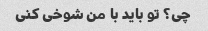
چی؟ تو باید با من شوخی کنی